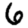
Digit: 6